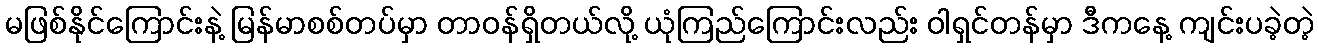
မဖြစ်နိုင်ကြောင်းနဲ့ မြန်မာစစ်တပ်မှာ တာဝန်ရှိတယ်လို့ ယုံကြည်ကြောင်းလည်း ဝါရှင်တန်မှာ ဒီကနေ့ ကျင်းပခဲ့တဲ့